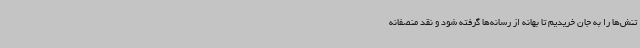
تنش‌ها را به جان خریدیم تا بهانه‌ از رسانه‌ها گرفته شود و نقد منصفانه